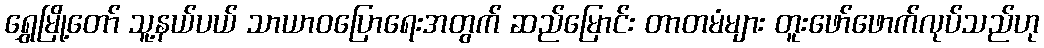
ရွှေမြို့တော် သူ့နယ်ပယ် သာယာဝပြောရေးအတွက် ဆည်မြောင်း တာတမံများ တူးဖော်ဖောက်လုပ်သည်ဟု